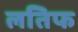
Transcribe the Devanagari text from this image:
लतिफ